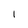
Character: I